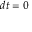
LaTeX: \scriptstyle d t \; = \; 0